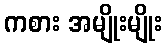
ကစား အမျိုးမျိုး